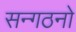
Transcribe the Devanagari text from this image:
सन्गठनो